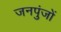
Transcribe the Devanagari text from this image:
जनपुंजों